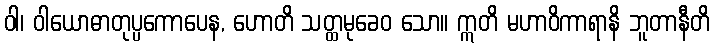
ဝါ၊ ဝါယောဓာတုပ္ပကောပေန, ဟောတိ သတ္ထမုခေဝ သော။ ဣတိ မဟာဝိကာရာနိ ဘူတာနီတိ